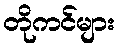
တိုကင်များ